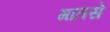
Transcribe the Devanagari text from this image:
गातसे